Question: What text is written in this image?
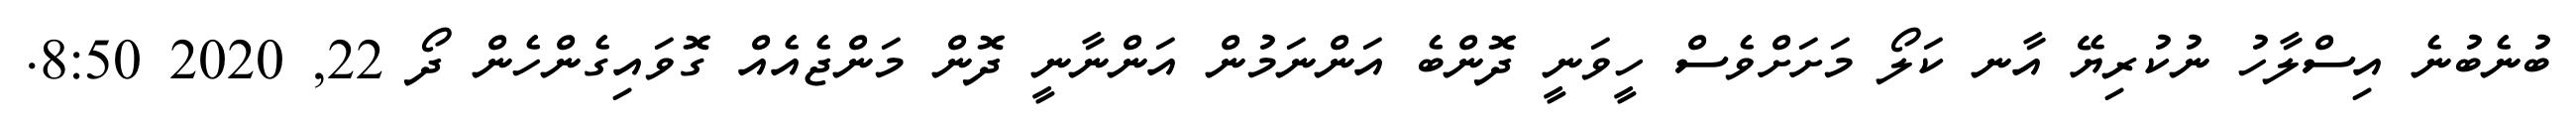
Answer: ބުނެބުނެ އިސްލާހު ނުކުރިޔޭ އާނ ކަލޯ މަށަށްވެސް ހީވަނީ ދޮންބެ އަންނަމުން އަންނާނީ ދޮން މަންޖެއެއް ގޮވައިގެންހެން ދޯ 22, 2020 8:50.